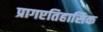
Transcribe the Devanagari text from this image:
प्रागएतिहासिक